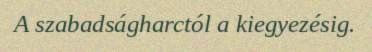
A szabadságharctól a kiegyezésig.